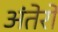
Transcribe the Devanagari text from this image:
अंतेरो